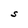
Character: S